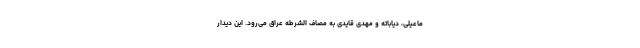
ماعیلی، دیاباته و مهدی قایدی به مصاف الشرطه عراق می‌رود. این دیدار